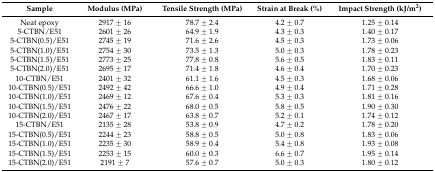
<table><thead><tr><td><b>Sample</b></td><td><b>Modulus (MPa)</b></td><td><b>Tensile Strength (MPa)</b></td><td><b>Strain at Break (%)</b></td><td><b>Impact Strength (kJ/m<sup>2</sup>)</b></td></tr></thead><tbody><tr><td>Neat epoxy</td><td>2917 ± 16</td><td>78.7 ± 2.4</td><td>4.2 ± 0.7</td><td>1.25 ± 0.14</td></tr><tr><td>5-CTBN/E51</td><td>2601 ± 26</td><td>64.9 ± 1.9</td><td>4.3 ± 0.3</td><td>1.40 ± 0.17</td></tr><tr><td>5-CTBN(0.5)/E51</td><td>2745 ± 19</td><td>71.6 ± 2.6</td><td>4.5 ± 0.3</td><td>1.73 ± 0.06</td></tr><tr><td>5-CTBN(1.0)/E51</td><td>2754 ± 30</td><td>73.5 ± 1.3</td><td>5.0 ± 0.3</td><td>1.78 ± 0.23</td></tr><tr><td>5-CTBN(1.5)/E51</td><td>2773 ± 25</td><td>77.8 ± 0.8</td><td>5.6 ± 0.5</td><td>1.83 ± 0.11</td></tr><tr><td>5-CTBN(2.0)/E51</td><td>2695 ± 17</td><td>71.4 ± 1.8</td><td>4.6 ± 0.4</td><td>1.70 ± 0.23</td></tr><tr><td>10-CTBN/E51</td><td>2401 ± 32</td><td>61.1 ± 1.6</td><td>4.5 ± 0.3</td><td>1.68 ± 0.06</td></tr><tr><td>10-CTBN(0.5)/E51</td><td>2492 ± 42</td><td>66.6 ± 1.0</td><td>4.9 ± 0.4</td><td>1.71 ± 0.28</td></tr><tr><td>10-CTBN(1.0)/E51</td><td>2469 ± 12</td><td>67.6 ± 0.4</td><td>5.3 ± 0.3</td><td>1.81 ± 0.16</td></tr><tr><td>10-CTBN(1.5)/E51</td><td>2476 ± 22</td><td>68.0 ± 0.5</td><td>5.8 ± 0.5</td><td>1.90 ± 0.30</td></tr><tr><td>10-CTBN(2.0)/E51</td><td>2467 ± 17</td><td>63.8 ± 0.7</td><td>5.2 ± 0.1</td><td>1.74 ± 0.12</td></tr><tr><td>15-CTBN/E51</td><td>2135 ± 28</td><td>53.8 ± 0.9</td><td>4.7 ± 0.2</td><td>1.78 ± 0.20</td></tr><tr><td>15-CTBN(0.5)/E51</td><td>2244 ± 23</td><td>58.8 ± 0.5</td><td>5.0 ± 0.8</td><td>1.83 ± 0.06</td></tr><tr><td>15-CTBN(1.0)/E51</td><td>2235 ± 30</td><td>58.9 ± 0.4</td><td>5.4 ± 0.8</td><td>1.93 ± 0.08</td></tr><tr><td>15-CTBN(1.5)/E51</td><td>2253 ± 15</td><td>60.0 ± 0.3</td><td>6.6 ± 0.7</td><td>1.95 ± 0.14</td></tr><tr><td>15-CTBN(2.0)/E51</td><td>2191 ± 7</td><td>57.6 ± 0.7</td><td>5.0 ± 0.3</td><td>1.80 ± 0.12</td></tr></tbody></table>